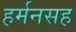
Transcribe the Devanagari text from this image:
हर्मनसह